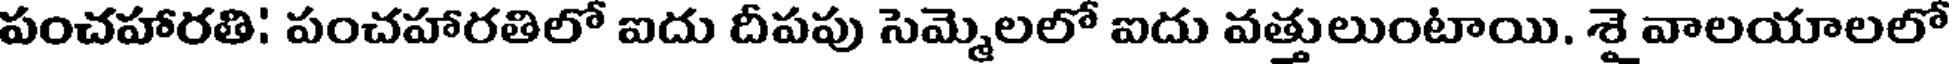
పంచహారతి! పంచహారతిలో ఐదు దీపపు సెమ్మెలలో ఐదు వత్తులుంటాయి. శై వాలయాలలో